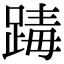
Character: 𨂭